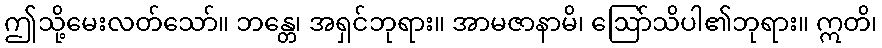
ဤသို့မေးလတ်သော်။ ဘန္တေ၊ အရှင်ဘုရား။ အာမဇာနာမိ၊ ဩော်သိပါ၏ဘုရား။ ဣတိ၊